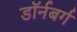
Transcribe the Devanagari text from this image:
डॉर्नबर्ग